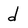
Character: d